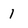
Character: 1